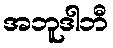
အဘူဒါဘီ